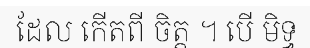
ដែល កើតពី ចិត្ត ។ បើ មិទ្ធ